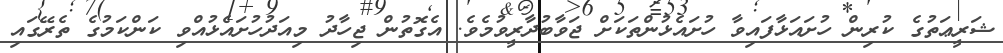
ޝަރީޢަތުގެ ކުރިން ހުށައަޅާފައިވާ ހުށައެޅުންތަކަށް ޖަވާބުދާރީވުމެވެ. އެގޮތުން ޖިހާދު މިއަދުހުށައެޅުއްވި ކަންކަމުގެ ތެރޭގައި